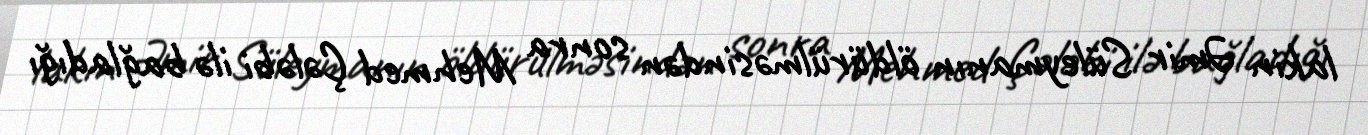
lakin Əmir Süleymanın öldürülməsindən sonra Mehmed Çələbi ilə bağladığı